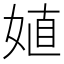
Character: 𰌈